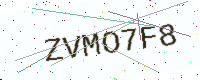
Text: ZVMO7F8